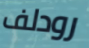
رودلف